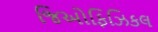
જિઓફિઝિકલ